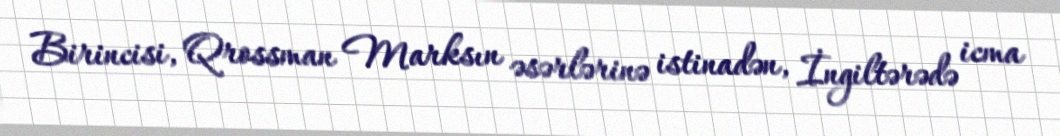
Birincisi, Qrossman Marksın əsərlərinə istinadən, İngiltərədə icma